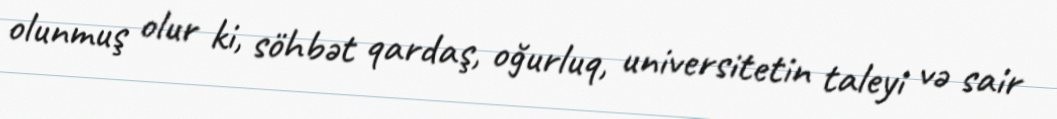
olunmuş olur ki, söhbət qardaş, oğurluq, universitetin taleyi və sair